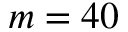
m = 4 0